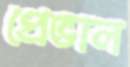
প্রেভাল